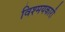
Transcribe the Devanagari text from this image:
विश्मयकारी